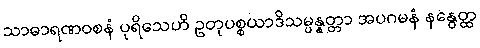
သာဓာရဏဝစနံ ပုရိသေဟိ ဥတုပစ္စယာဒိသမ္ပန္နတ္တာ အပဂမနံ နနွေတ္ထ